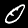
Label: 0